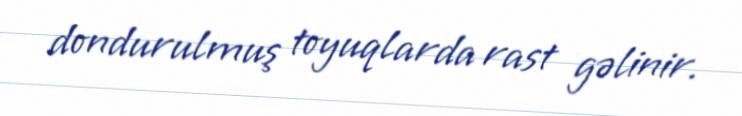
dondurulmuş toyuqlarda rast gəlinir.